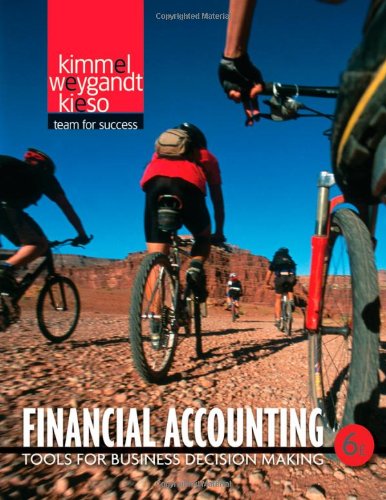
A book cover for Financial Accounting: Tools for Business Decision Making; Paul D. Kimmel; Business & Money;